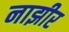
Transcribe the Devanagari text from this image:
नाझीर